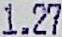
1.27